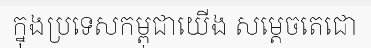
ក្នុងប្រទេសកម្ពុជាយើង សម្តេចតេជោ